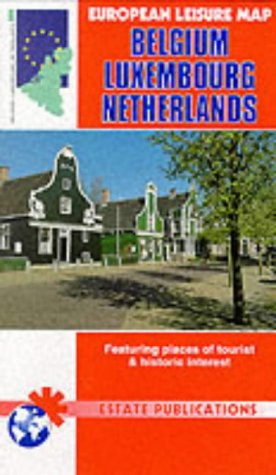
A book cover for Belgium, Luxembourg, Netherlands (European Leisure Map); International Travel Maps; Travel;